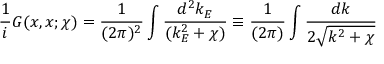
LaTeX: \frac { 1 } { i } { \cal G } ( x , x ; \chi ) = \frac { 1 } { ( 2 \pi ) ^ { 2 } } \int \frac { d ^ { 2 } k _ { E } } { ( k _ { E } ^ { 2 } + \chi ) } \equiv \frac { 1 } { ( 2 \pi ) } \int \frac { d k } { 2 \sqrt { k ^ { 2 } + \chi } }